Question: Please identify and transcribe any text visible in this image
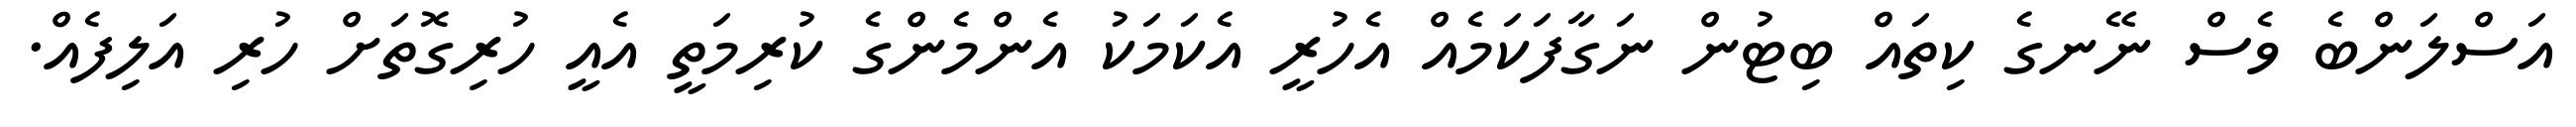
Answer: އަސްލަންބެ ވެސް ނޭނގެ ކިތައް ބިޓުން ނަގާފަކަމެއް އެހުރީ އެކަމަކު އެންމެންގެ ކުރިމަތީ އެއީ ހުރިގޮތަށް ހުރި އަލިފެއް.